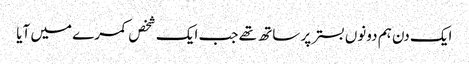
ایک دن ہم دونوں بستر پر ساتھ تھے جب ایک شخص کمرے میں آیا